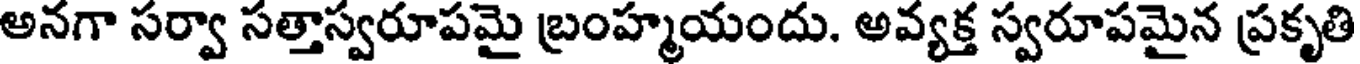
అనగా సర్వా సత్తాస్వరూపమై బ్రంహ్మయందు. అవ్యక్త స్వరూపమైన ప్రకృతి